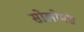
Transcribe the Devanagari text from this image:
सोलोमंस